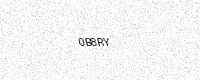
Text: 0B8RY